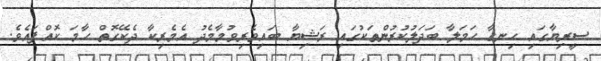
ސީރިޔާގައި ހިނގާ ހަމަލާ ބަދަލުކުރުންތަކުގައި ރަޝިޔާ ބައިވެރިވުމާމެދު އެމެރިކާ ދެކޭގޮތް ހާމަ ކޮއްފައެވެ.